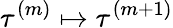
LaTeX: \tau^{(m)}\mapsto\tau^{(m+1)}